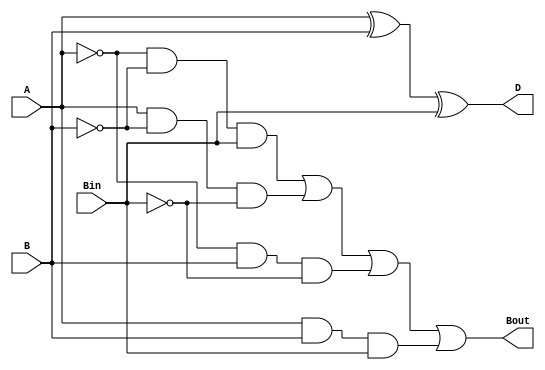

module Subtractor1bit(
     A,
     B,
     Bin,
     D,
     Bout
    );
	  input A,B,Bin;
    
    output D;
    output Bout;
wire w1,w2,w3,w4;

xor(w1,A,B);
xor(D,w1,Bin);

and(w2,~A,~B,Bin);
and(w3,A,~B,~Bin);
and(w4,~A,B,~Bin);
and(w5,A,B,Bin);

or(Bout,w2,w3,w4,w5);

endmodule